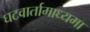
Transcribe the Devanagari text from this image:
घटवार्तामाध्यमा